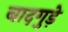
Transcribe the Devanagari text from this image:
बादगुड़े